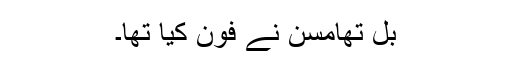
بل تھامسن نے فون کیا تھا۔